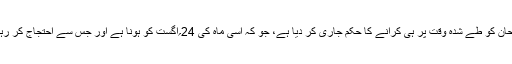
بلکہ اس کے بر خلاف حکومت نے سخت رخ اپناتے ہوئے UPSCکو اس سال کے سول سروس امتحان کو طے شدہ وقت پر ہی کرانے کا حکم جاری کر دیا ہے، جو کہ اسی ماہ کی 24؍اگست کو ہونا ہے اور جس سے احتجاج کر رہے طلبہ کو تیاری کا وقت بھی نہیں مل سکا ہے، اور اس سے ان کا ایک سال مزید برباد ہو جائے گا۔